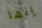
إنها